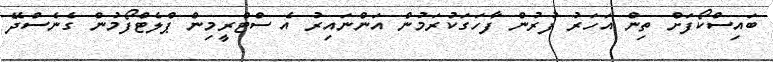
ބައިސްކޯފަށް ތިން އަހަރު ފުރުން ފާހަގަކުރަމުން އަންނައިރު އެ ސްޓްރީމިން ޕްލެޓްފޯމުން ގެނެސްދޭ